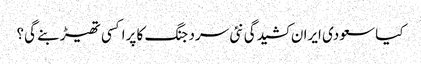
کیا سعودی ایران کشیدگی نئی سرد جنگ کا پراکسی تھیڑ بنے گی؟